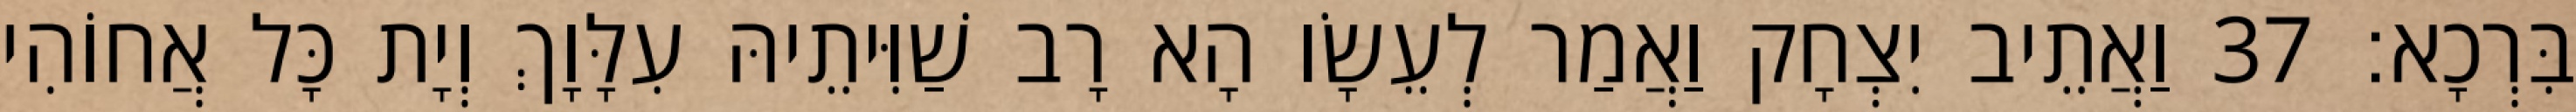
בִּרְכָא׃ 37 וַאֲתֵיב יִצְחָק וַאֲמַר לְעֵשָׂו הָא רָב שַׁוִּיתֵיהּ עִלָּוָךְ וְיָת כָּל אֲחוֹהִי